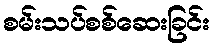
စမ်းသပ်စစ်ဆေးခြင်း